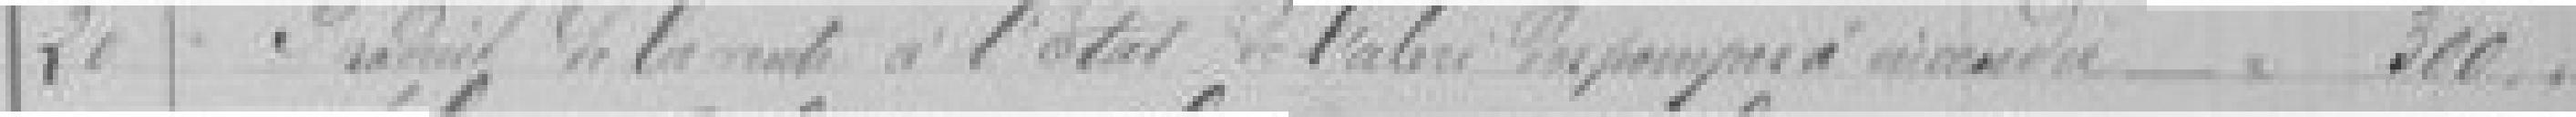
20. Produit de la vente à l'Etat de l'abri des pompes à ???     300,00